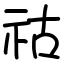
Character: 祜